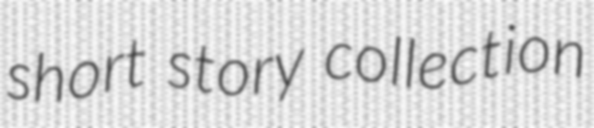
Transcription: short story collection